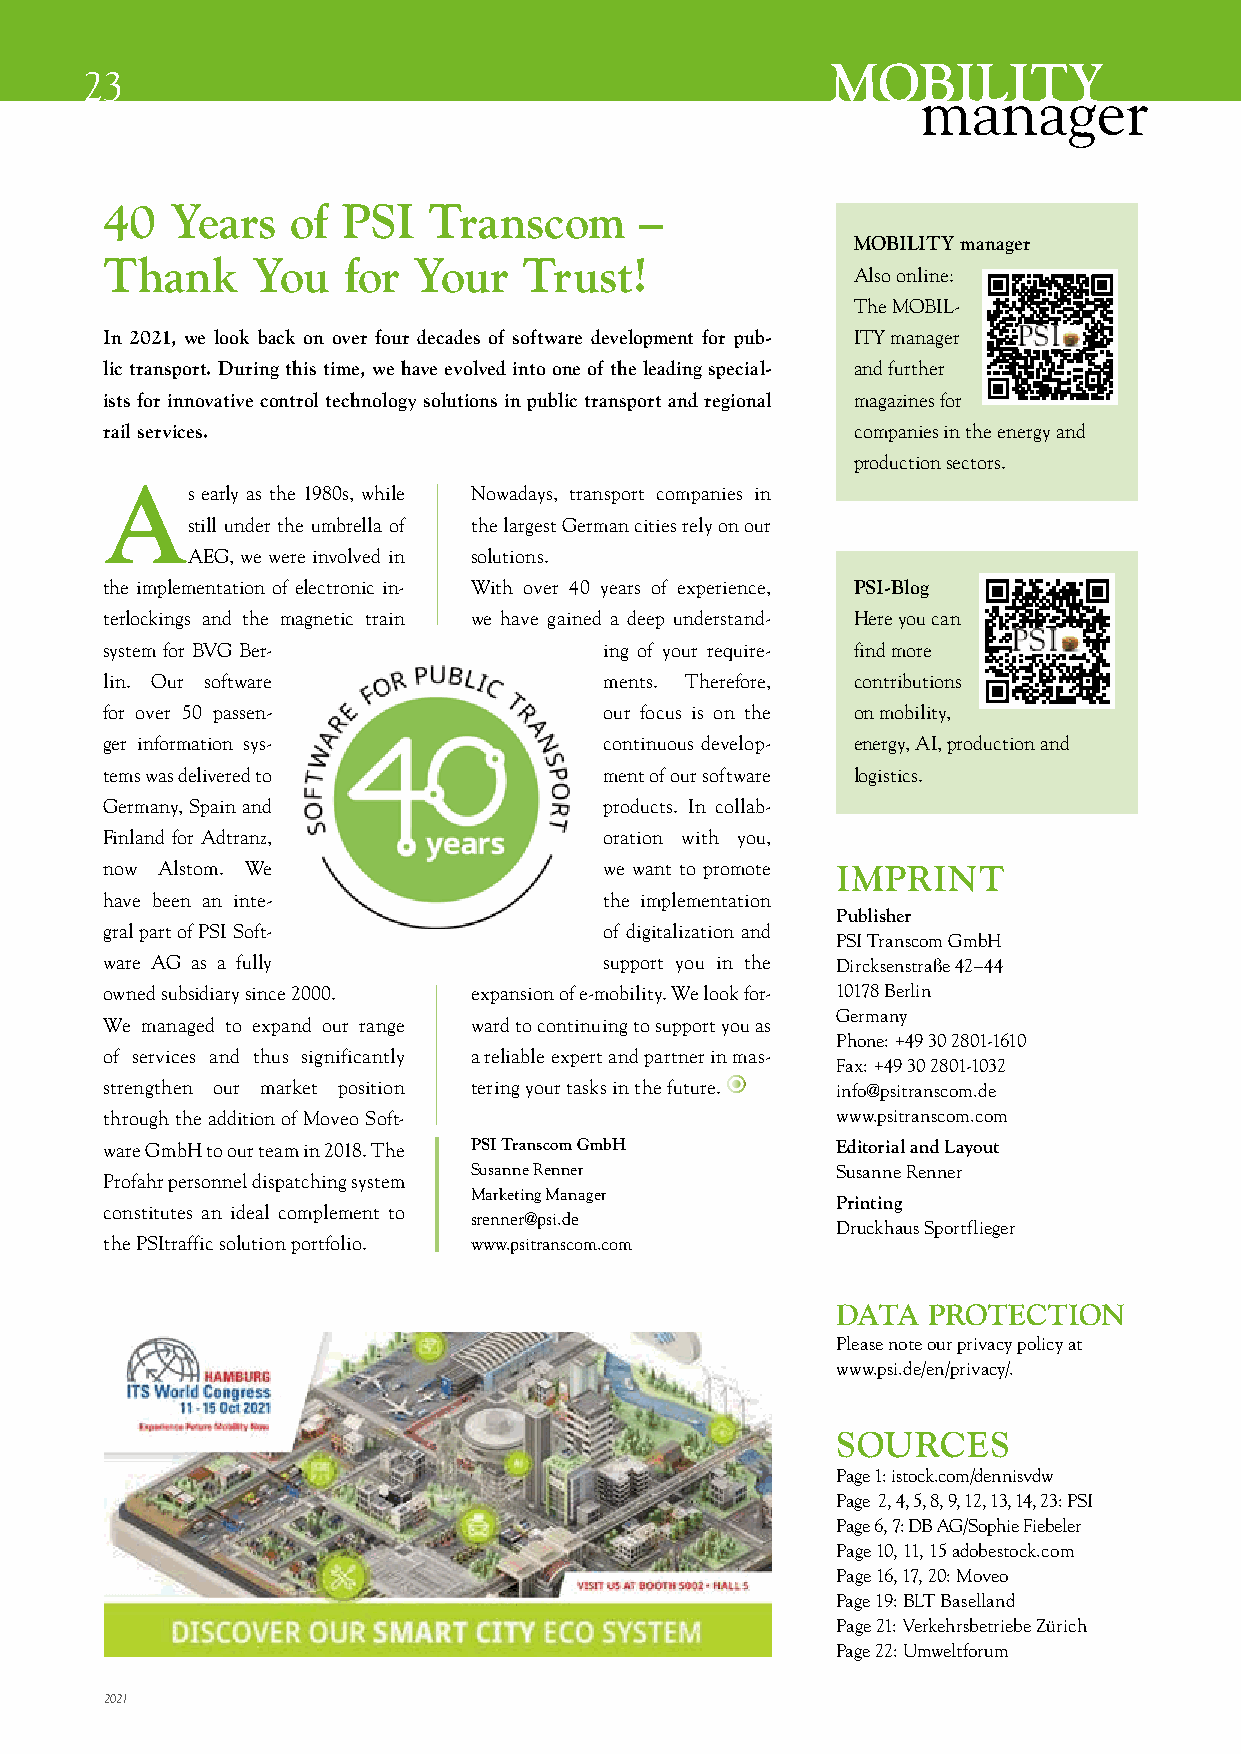
MOBILITY
 23
 manager
 40  Years   of  PSI  Transcom      –
 MOBILITY manager
 Thank     You   for Your    Trust!
 Also online:
 The MOBIL-
 In 2021, we look back on over four decades of software development for pub- ITY manager
 lic transport. During this time, we have evolved into one of the leading special- and further
 ists for innovative control technology solutions in public transport and regional magazines for
 rail services.                                   companies in the energy and
 production sectors.
 As    early as the 1980s, while Nowadays, transport companies in
 still under the umbrella of the largest German cities rely on our
 AEG, we were involved in solutions.
 the implementation of electronic in- With over 40 years of experience, PSI-Blog
 terlockings and the magnetic train we have gained a deep understand- Here you can
 system for BVG Ber-              ing of your require- find more
 lin. Our software                ments. Therefore, contributions
 for over 50 passen-              our focus is on the on mobility,
 ger information sys-             continuous develop- energy, AI, production and
 tems was delivered to            ment of our software logistics.
 Germany, Spain and               products. In collab-
 Finland for Adtranz,             oration with you,
 now Alstom. We                   we want to promote IMPRINT
 have been an inte-               the implementation
 Publisher
 gral part of PSI Soft-           of digitalization and
 PSI Transcom GmbH
 ware AG as a fully               support you in the Dircksenstraße 42–44
 owned subsidiary since 2000. expansion of e-mobility. We look for- 10178 Berlin
 Germany
 We managed to expand our range ward to continuing to support you as
 Phone: +49 30 2801-1610
 of services and thus significantly a reliable expert and partner in mas-
 Fax: +49 30 2801-1032
 strengthen our market position tering your tasks in the future. info@psitranscom.de
 through the addition of Moveo Soft-             www.psitranscom.com
 ware GmbH to our team in 2018. The PSI Transcom GmbH Editorial and Layout
 Susanne Renner          Susanne Renner
 Profahr personnel dispatching system
 Marketing Manager
 Printing
 constitutes an ideal complement to
 srenner@psi.de
 Druckhaus Sportflieger
 the PSItraffic solution portfolio. www.psitranscom.com
 DATA  PROTECTION
 Please note our privacy policy at
 www.psi.de/en/privacy/.
 SOURCES
 Page 1: istock.com/dennisvdw
 Page 2, 4, 5, 8, 9, 12, 13, 14, 23: PSI
 Page 6, 7: DB AG/Sophie Fiebeler
 Page 10, 11, 15 adobestock.com
 Page 16, 17, 20: Moveo
 Page 19: BLT Baselland
 Page 21: Verkehrsbetriebe Zürich
 Page 22: Umweltforum
 2021